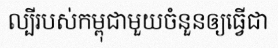
ល្បីរបស់កម្ពុជាមួយចំនួនឲ្យធ្វើជា